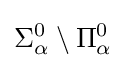
\Sigma _{\alpha }^{0}\setminus \Pi _{\alpha }^{0}